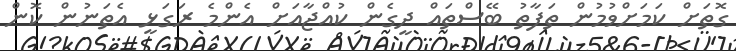
ގޮތަށް ކަމަށްވުމުން ތަފާތު ބޭސްތައް ދީގެން ކުއްޖާއަށް އެންމެ ރަގަޅީ އެތަނުން ކޮން